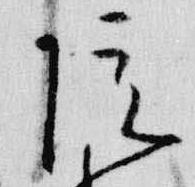
院